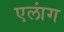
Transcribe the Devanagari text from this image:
एलांग